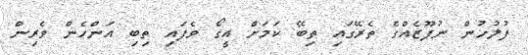
ފުލުހުން ނުފޫޒެއްގެ ތެރޭގައި ތިބޭ ކަމަށް އީގޯ ވެފައި ތިބި އަންހެން ވެރިން